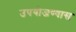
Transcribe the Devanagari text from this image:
उपयोजण्यास